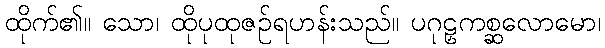
ထိုက်၏။ သော၊ ထိုပုထုဇဉ်ရဟန်းသည်။ ပဂုဠှကစ္ဆလောမော၊